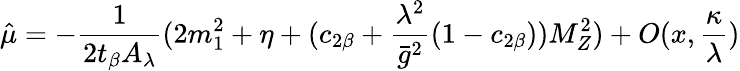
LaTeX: \hat{\mu}=-\frac{1}{2t_{\beta}A_{\lambda}}(2m_{1}^{2}+\eta+(c_{2\beta}+\frac{\lambda^{2}}{\bar{g}^{2}}(1-c_{2\beta}))M_{Z}^{2})+O(x,\frac{\kappa}{\lambda})